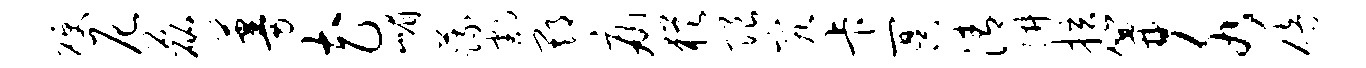
硬尼磊蔓花嵋蔬割期痛犹限究卡冥清阱拉篝水碚